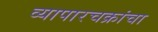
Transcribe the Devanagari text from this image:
व्यापारचक्रांचा